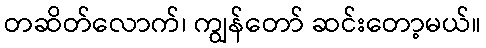
တဆိတ်လောက်၊ ကျွန်တော် ဆင်းတော့မယ်။